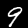
Label: 9